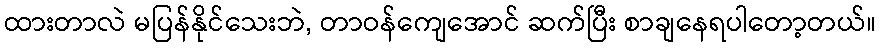
ထားတာလဲ မပြန်နိုင်သေးဘဲ, တာဝန်ကျေအောင် ဆက်ပြီး စာချနေရပါတော့တယ်။